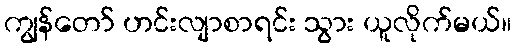
ကျွန်တော် ဟင်းလျာစာရင်း သွား ယူလိုက်မယ်။